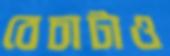
বেচাটাও